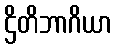
ဌိတိဘာဂိယာ